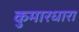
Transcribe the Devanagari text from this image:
कुमारधारा